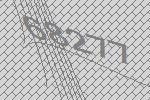
68277